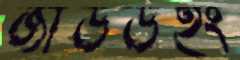
জাডউইং